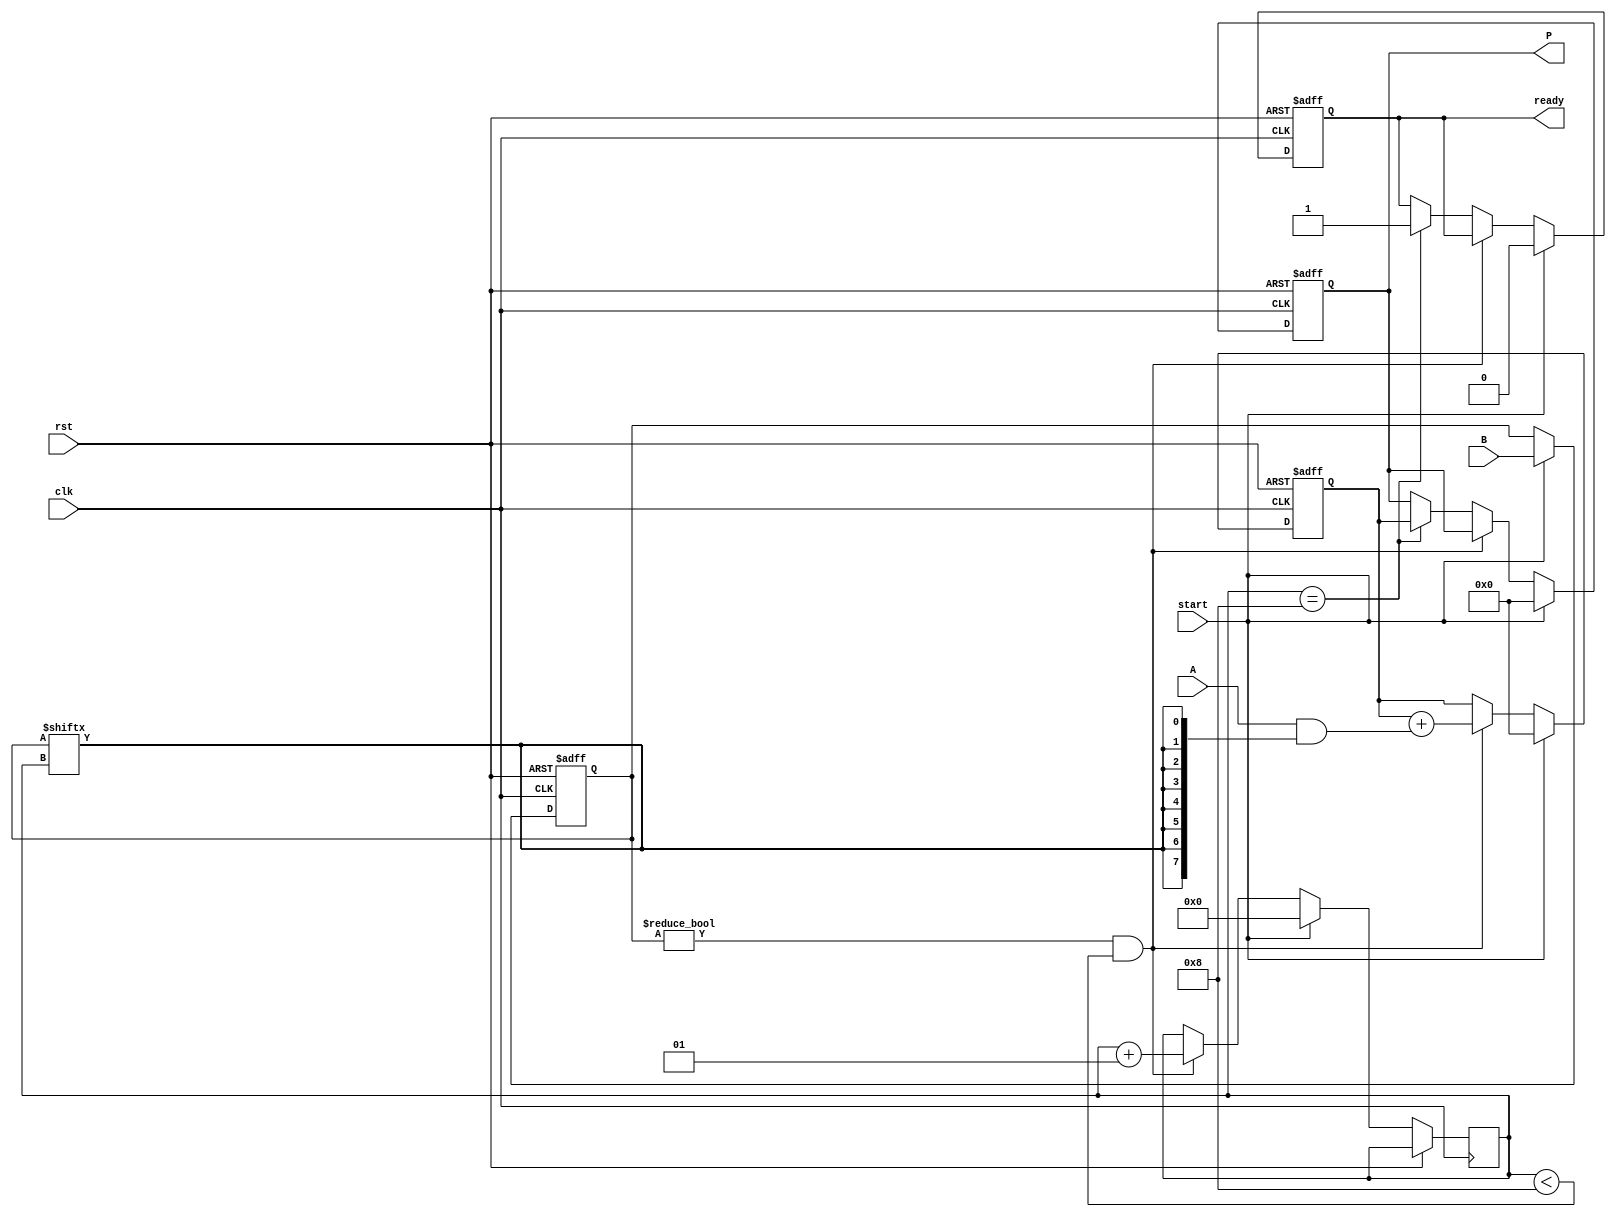
module PartialProductAccumulator #(
    parameter A_WIDTH = 8, // Width of multiplicand
    parameter B_WIDTH = 8  // Width of multiplier
)(
    input wire clk,        // Clock signal
    input wire rst,        // Reset signal
    input wire start,      // Start signal
    input wire [A_WIDTH-1:0] A, // Multiplicand
    input wire [B_WIDTH-1:0] B, // Multiplier
    output reg [(A_WIDTH + B_WIDTH - 1):0] P, // Product output
    output reg ready       // Ready signal
);

    reg [B_WIDTH-1:0] multiplier;
    reg [A_WIDTH-1:0] partial_product;
    reg [(A_WIDTH + B_WIDTH - 1):0] accumulator;
    integer i;

    always @(posedge clk or posedge rst) begin
        if (rst) begin
            P <= 0;
            accumulator <= 0;
            multiplier <= 0;
            ready <= 0;
            partial_product <= 0;
        end else if (start) begin
            // Load multiplier and clear accumulator for new multiplication
            multiplier <= B;
            accumulator <= 0;
            P <= 0;
            ready <= 0;
            i <= 0; // Initialize the index for the multiplier bits
        end else if (multiplier != 0 && i < B_WIDTH) begin
            // Generate the partial product
            partial_product = A & {A_WIDTH{multiplier[i]}};
            // Accumulate the partial product
            accumulator <= accumulator + partial_product;
            i <= i + 1; // Move to the next bit of the multiplier
        end else if (i == B_WIDTH) begin
            // Finalize the product and signal that it's ready
            P <= accumulator;
            ready <= 1; // Indicate that the result is ready
        end
    end
endmodule